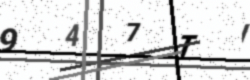
Text: 947TI